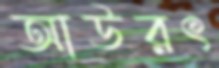
আউরৎ